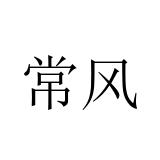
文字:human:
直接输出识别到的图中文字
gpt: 常风